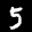
Label: 5